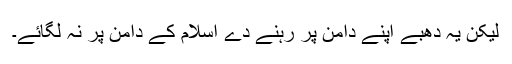
لیکن یہ دھبے اپنے دامن پر رہنے دے اسلام کے دامن پر نہ لگائے۔